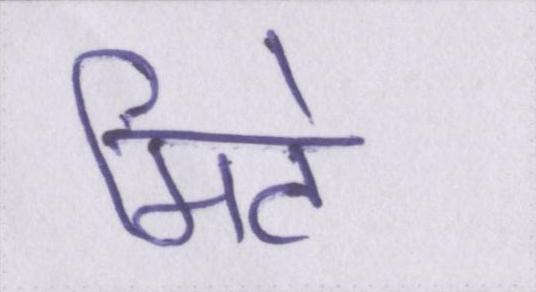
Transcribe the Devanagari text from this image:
मिटे